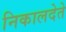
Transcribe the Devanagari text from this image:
निकालदेते